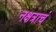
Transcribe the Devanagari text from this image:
नक्षत्राचं